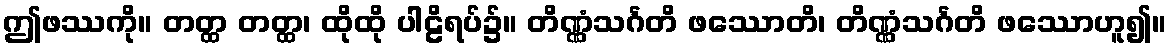
ဤဖဿကို။ တတ္ထ တတ္ထ၊ ထိုထို ပါဠိရပ်၌။ တိဏ္ဏံသင်္ဂတိ ဖဿောတိ၊ တိဏ္ဏံသင်္ဂတိ ဖဿောဟူ၍။